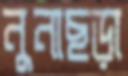
নুনাছড়া